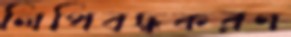
লিপিবদ্ধকরণ